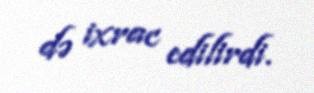
də ixrac edilirdi.